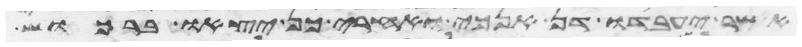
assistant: אשר יעבדו דן אנכי ואחרי כן יצאו ברכוש